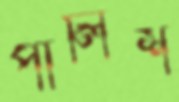
পালিশ